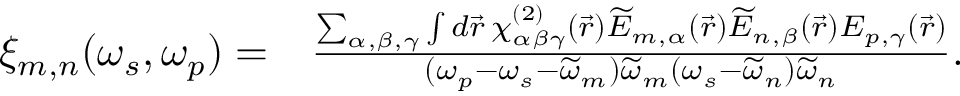
\begin{array} { r l } { \xi _ { m , n } ( \omega _ { s } , \omega _ { p } ) = } & { \frac { \sum _ { \alpha , \beta , \gamma } \int d \vec { r } \: \chi _ { \alpha \beta \gamma } ^ { ( 2 ) } ( \vec { r } ) \widetilde { E } _ { m , \alpha } ( \vec { r } ) \widetilde { E } _ { n , \beta } ( \vec { r } ) E _ { p , \gamma } ( \vec { r } ) } { ( \omega _ { p } - \omega _ { s } - \widetilde { \omega } _ { m } ) \widetilde { \omega } _ { m } ( \omega _ { s } - \widetilde { \omega } _ { n } ) \widetilde { \omega } _ { n } } . } \end{array}